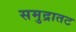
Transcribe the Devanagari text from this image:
समुद्रातट